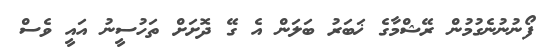
ފޯނުނުނެގުމުން ރޭޝްމާގެ ޚަބަރު ބަލަން އެ ގޭ ދޮށަށް ތަހުސީނު އައީ ވެސް